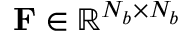
\ensuremath \mathbf { F } \in \ensuremath \mathbb { R } ^ { \ensuremath N _ { b } \times \ensuremath N _ { b } }